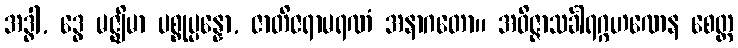
အဒ္ဓါ, ဒွေ မဇ္ဈိမာ ပစ္စုပ္ပန္နော, ဇာတိဇရာမရဏံ အနာဂတော။ အဝိဇ္ဇာသင်္ခါရဂ္ဂဟဏေန စေတ္ထ